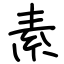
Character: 素